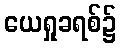
ယေရှုခရစ်၌